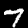
Label: 7